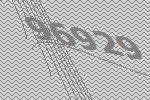
96929